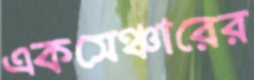
একসেঞ্চারের